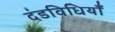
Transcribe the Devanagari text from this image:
दंडविधियाँ